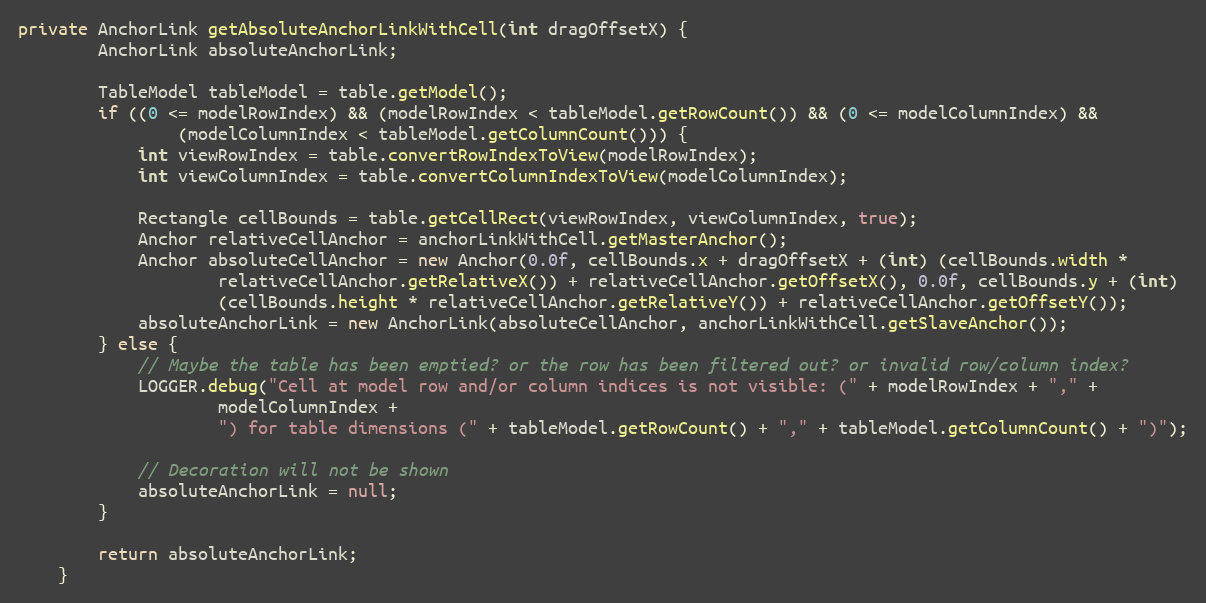
Language: Java
private AnchorLink getAbsoluteAnchorLinkWithCell(int dragOffsetX) {
        AnchorLink absoluteAnchorLink;

        TableModel tableModel = table.getModel();
        if ((0 <= modelRowIndex) && (modelRowIndex < tableModel.getRowCount()) && (0 <= modelColumnIndex) &&
                (modelColumnIndex < tableModel.getColumnCount())) {
            int viewRowIndex = table.convertRowIndexToView(modelRowIndex);
            int viewColumnIndex = table.convertColumnIndexToView(modelColumnIndex);

            Rectangle cellBounds = table.getCellRect(viewRowIndex, viewColumnIndex, true);
            Anchor relativeCellAnchor = anchorLinkWithCell.getMasterAnchor();
            Anchor absoluteCellAnchor = new Anchor(0.0f, cellBounds.x + dragOffsetX + (int) (cellBounds.width *
                    relativeCellAnchor.getRelativeX()) + relativeCellAnchor.getOffsetX(), 0.0f, cellBounds.y + (int)
                    (cellBounds.height * relativeCellAnchor.getRelativeY()) + relativeCellAnchor.getOffsetY());
            absoluteAnchorLink = new AnchorLink(absoluteCellAnchor, anchorLinkWithCell.getSlaveAnchor());
        } else {
            // Maybe the table has been emptied? or the row has been filtered out? or invalid row/column index?
            LOGGER.debug("Cell at model row and/or column indices is not visible: (" + modelRowIndex + "," +
                    modelColumnIndex +
                    ") for table dimensions (" + tableModel.getRowCount() + "," + tableModel.getColumnCount() + ")");

            // Decoration will not be shown
            absoluteAnchorLink = null;
        }

        return absoluteAnchorLink;
    }